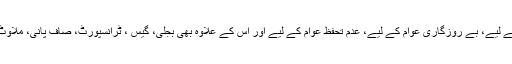
سارے قرض عوام کے سر، مہنگائی عوام کے لیے، بے روزگاری عوام کے لیے، عدم تحفظ عوام کے لیے اور اس کے علاوہ بھی بجلی، گیس ، ٹرانسپورٹ، صاف پانی، ملاوٹ سے پاک غذا یہ سب عوام کے لیے خواب ۔